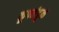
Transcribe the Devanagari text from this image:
कूपमंडूक